Leaving Certificate Examination (including Day School Certificate (Higher) General paper), 1933
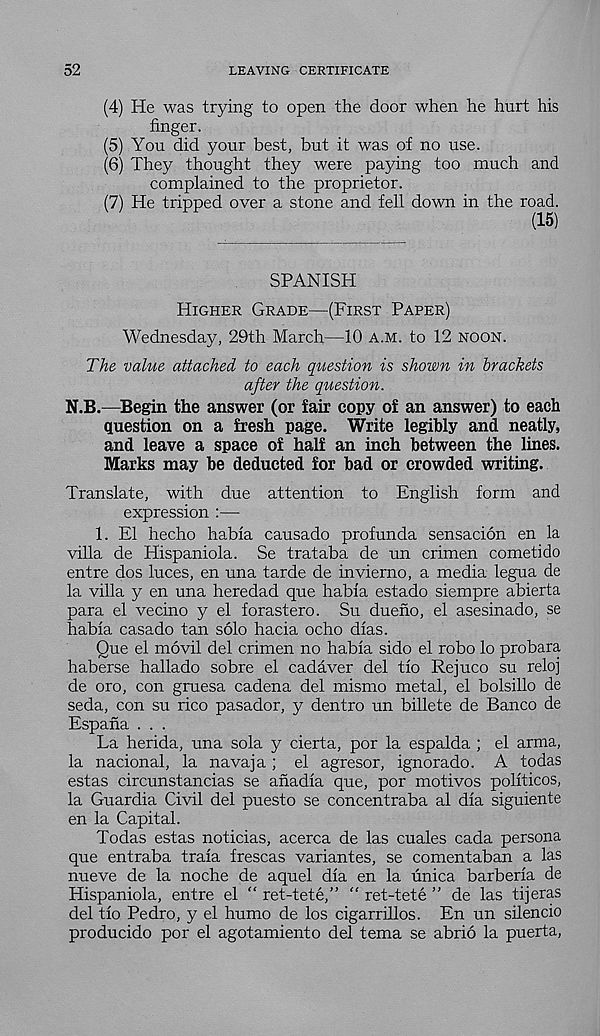
52
LEAVING CERTIFICATE
(4) He was trying to open the door when he hurt his
finger.
(5) You did your best, but it was of no use.
(6) They thought they were paying too much and
complained to the proprietor.
(7) He tripped over a stone and fell down in the road.
SPANISH
Higher Grade—(First Paper)
Wednesday, 29th March—10 a.m. to 12 noon.
The value attached to each question is shown in brackets
after the question.
N.B.—Begin the answer (or fair copy of an answer) to each
question on a fresh page. Write legibly and neatly,
and leave a space of half an inch between the lines.
Marks may be deducted for bad or crowded writing.
Translate, with due attention to English form and
expression :—
1. El hecho habia causado profunda sensacion en la
villa de Hispaniola. Se trataba de un crimen cometido
entre dos luces, en una tarde de invierno, a media legua de
la villa y en una heredad que habia estado siempre abierta
para el vecino y el forastero. Su dueno, el asesinado, se
habia casado tan solo hacia ocho dias.
Que el movil del crimen no habia sido el robo lo probara
haberse hallado sobre el cadaver del tio Rejuco su reloj
de oro, con gruesa cadena del mismo metal, el bolsillo de
seda, con su rico pasador, y dentro un billete de Banco de
Espana . . .
La herida, una sola y cierta, por la espalda ; el arma,
la nacional, la navaja; el agresor, ignorado. A todas
estas circunstancias se anadia que, por motives politicos,
la Guardia Civil del puesto se concentraba al dia siguiente
en la Capital.
Todas estas noticias, acerca de las cuales cada persona
que entraba traia frescas variantes, se comentaban a las
nueve de la noche de aquel dla en la unica barberia de
Hispaniola, entre el “ ret-tete,” “ ret-tete ” de las tijeras
del tio Pedro, y el humo de los cigarrillos. En un silencio
producido por el agotamiento del tema se abrio la puerta,